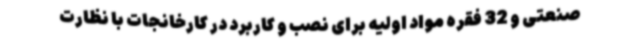
صنعتی و 32 فقره مواد اولیه برای نصب و کاربرد در کارخانجات با نظارت